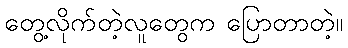
တွေ့လိုက်တဲ့လူတွေက ပြောတာတဲ့။